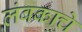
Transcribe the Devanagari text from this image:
लंबकाचे